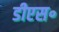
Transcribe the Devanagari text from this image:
डीएस॰